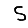
Digit: 5